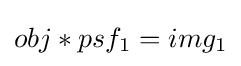
obj*psf_{1}=img_{1}